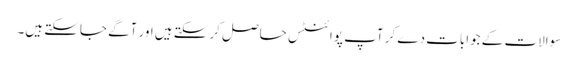
سوالات کے جوابات دے کر آپ پوائنٹس حاصل کرسکتے ہیں اور آگے جاسکتے ہیں۔